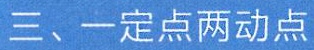
三、一定点两动点